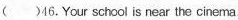
( )46.Your school is near the cinema.